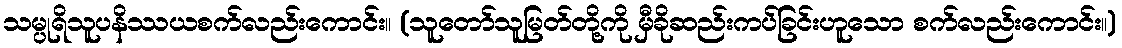
သမ္ပုရိသူပနိဿယစက်လည်းကောင်း။ (သူတော်သူမြတ်တို့ကို မှီခိုဆည်းကပ်ခြင်းဟူသော စက်လည်းကောင်း။)